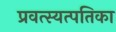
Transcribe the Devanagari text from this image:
प्रवत्स्यत्पतिका